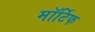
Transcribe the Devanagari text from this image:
मॉर्टिफ